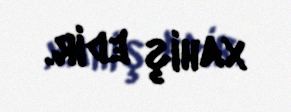
xahiş edir.